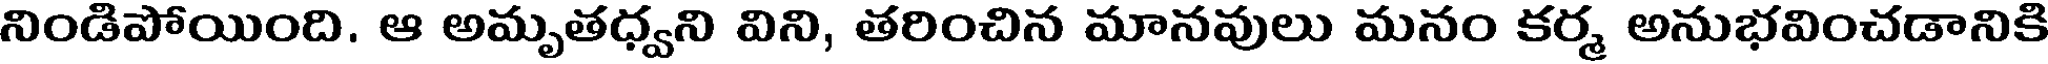
నిండిపోయింది. ఆ అమృతధ్వని విని, తరించిన మానవులు మనం కర్మ అనుభవించడానికి